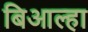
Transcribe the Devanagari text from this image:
बिआल्हा